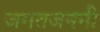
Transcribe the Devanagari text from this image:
जगतजननी